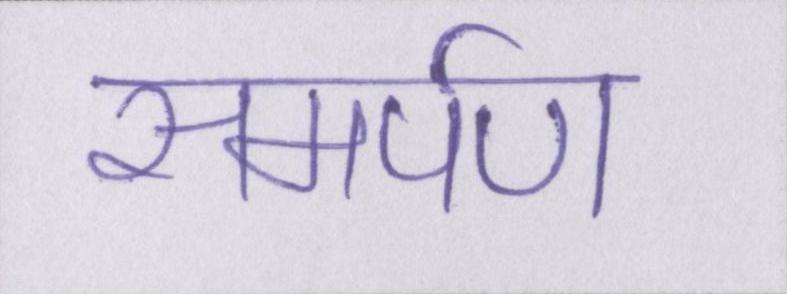
समर्पण